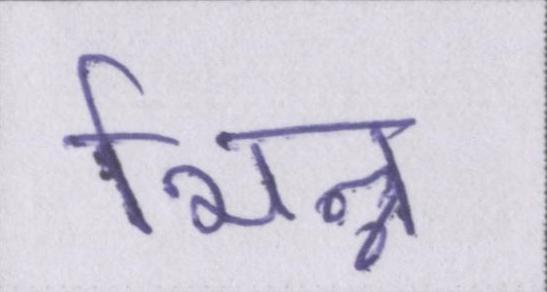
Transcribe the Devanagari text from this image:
भिन्न